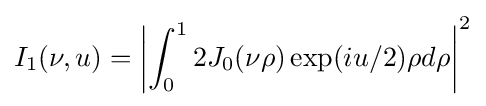
I_{1}(\nu ,u)=\left|\int _{0}^{1}2J_{0}(\nu \rho )\exp(iu/2)\rho d\rho \right|^{2}